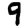
Digit: 9